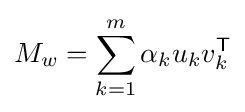
M_{w}=\sum _{k=1}^{m}\alpha _{k}u_{k}v_{k}^{\mathsf {T}}